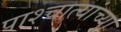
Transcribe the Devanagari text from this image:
पाश्चात्यांच्या